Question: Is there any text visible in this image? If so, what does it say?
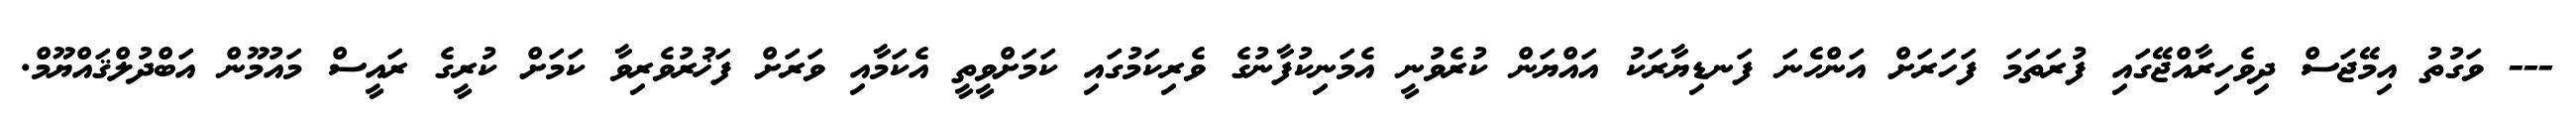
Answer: --- ވަގުތު އިމޭޖަސް ދިވެހިރާއްޖޭގައި ފުރަތަމަ ފަހަރަށް އަންހެނަ ފަނޑިޔާރަކު އައްޔަން ކުރެވުނީ އެމަނިކުފާނުގެ ވެރިކަމުގައި ކަމަށްވީތީ އެކަމާއި ވަރަށް ފަޚުރުވެރިވާ ކަމަށް ކުރީގެ ރައީސް މައުމޫން އަބްދުލްޤައްޔޫމް.